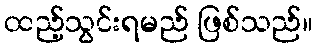
ထည့်သွင်းရမည် ဖြစ်သည်။